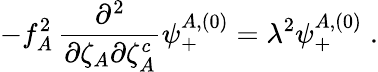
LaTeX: -f_{A}^{2}\, {\frac{\partial^{2}}{\partial\zeta_{A}\partial\zeta_{A}^{c}}}\psi_{+}^{A,(0)}=\lambda^{2}\psi_{+}^{A,(0)}\; .